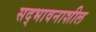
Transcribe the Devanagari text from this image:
सद्‌भावनाशील